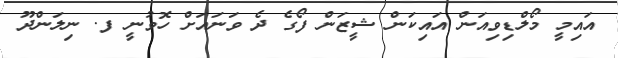
އައިމީ މޯލްޑިވިއަން އައިކަން ޝީޒަން ފޯގެ ދެ ވަނައަށް ހޮވުނީ ފ. ނިލަންދޫ